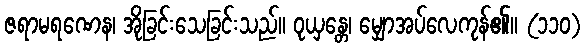
ဇရာမရဏေန၊ အိုခြင်းသေခြင်းသည်။ ဝုယှန္တေ၊ မျှောအပ်လေကုန်၏။ (၁၁၀)